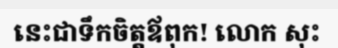
នេះជាទឹកចិត្តឪពុក! លោក សុះ